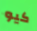
كيو